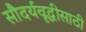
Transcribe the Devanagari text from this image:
सौदर्यवृद्धीसाठी